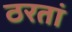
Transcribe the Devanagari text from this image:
ठरतां